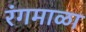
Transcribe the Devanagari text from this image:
रंगमाळा